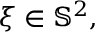
\xi \in \mathbb { S } ^ { 2 } ,